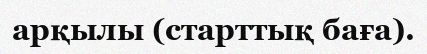
арқылы (старттық баға).